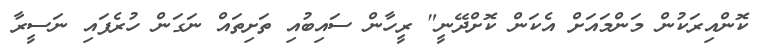
ކޮންއިރަކުން މަންމައަށް އެކަން ކޮށްދޭނީ" ރީހާން ސައިބުއި ތަށިތައް ނަގަން ހުރެފައި ނަސީރާ